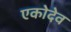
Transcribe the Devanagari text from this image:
एकोदेव